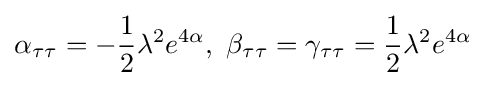
\alpha _{\tau \tau }=-{\frac {1}{2}}\lambda ^{2}e^{4\alpha },\ \beta _{\tau \tau }=\gamma _{\tau \tau }={\frac {1}{2}}\lambda ^{2}e^{4\alpha }